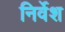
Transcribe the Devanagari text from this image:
निर्वेश